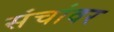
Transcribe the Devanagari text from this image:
संचांवर